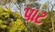
પાટ